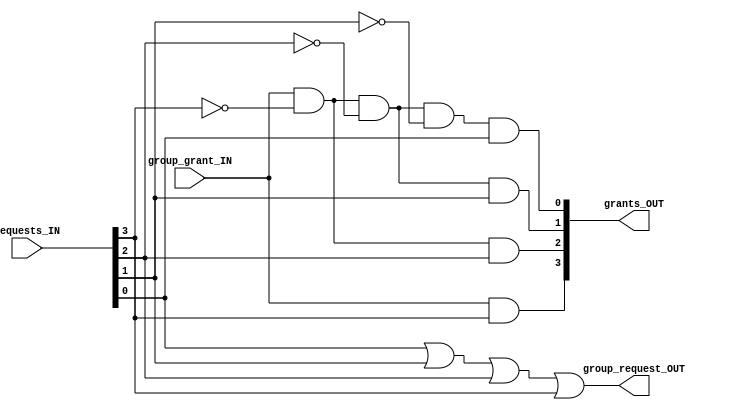
/*******************************************************************************
Project: 32-bit Out of Order MIPS Processor
Author: Adam Stenson
Module: 4 input arbiter, any tree level except the base
Last Updated: December 22, 2018
*******************************************************************************/

module arbiter(
    input [3:0] requests_IN,
    input group_grant_IN,
    output wire [3:0] grants_OUT,
    output wire group_request_OUT
    );

    or(group_request_OUT, requests_IN[0], requests_IN[1], requests_IN[2], requests_IN[3]);
    and(grants_OUT[3], group_grant_IN, requests_IN[3]);
    and(grants_OUT[2], group_grant_IN, !requests_IN[3], requests_IN[2]);
    and(grants_OUT[1], group_grant_IN, !requests_IN[3], !requests_IN[2], requests_IN[1]);
    and(grants_OUT[0], group_grant_IN, !requests_IN[3], !requests_IN[2], !requests_IN[1], requests_IN[0]);
endmodule